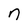
Character: n